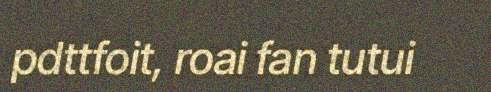
pdttfoit, roai fan tutui